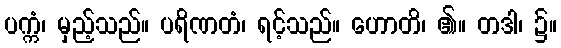
ပက္ကံ၊ မှည့်သည်။ ပရိဏတံ၊ ရင့်သည်။ ဟောတိ၊ ၏။ တဒါ၊ ၌။